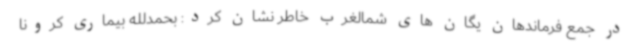
در جمع فرماندهان یگان های شمالغرب خاطر نشان کرد: بحمدلله بیماری کرونا